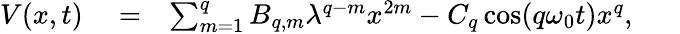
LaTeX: \begin{array}{rlr}{V(x,t)}&{{}=}&{\sum_{m=1}^{q}B_{q,m}\lambda^{q-m}x^{2m}-C_{q}\cos(q\omega_{0}t)x^{q},\ \ \ \ \ \ }\end{array}